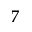
^ { 7 }